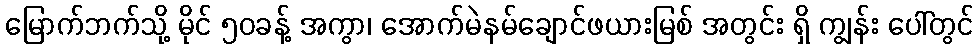
မြောက်ဘက်သို့ မိုင် ၅၀ခန့် အကွာ၊ အောက်မဲနမ်ချောင်ဖယားမြစ် အတွင်း ရှိ ကျွန်း ပေါ်တွင်